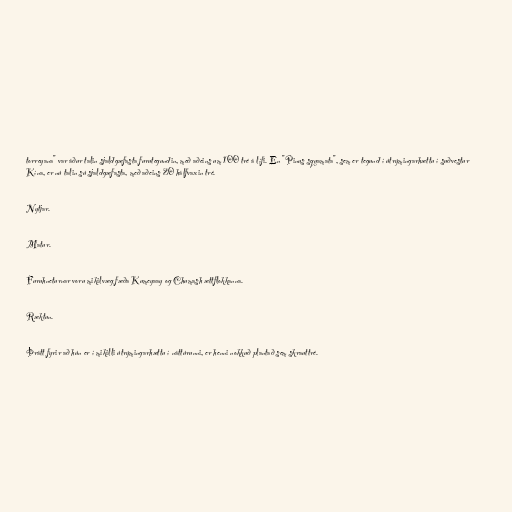
torreyana" var áður talin sjaldgæfasta furutegundin, með aðeins um 100 tré á lífi. En "Pinus squamata", sem er tegund í útrýmingarhættu í suðvestur
Kína, er nú talin sú sjaldgæfasta, með aðeins 20 hálfvaxin tré.

Nytjar.

Matur.

Furuhneturnar voru mikilvæg fæða Kumeyaay og Chumash ættflokkanna.

Ræktun.

Þrátt fyrir að hún er í mikilli útrýmingarhættu í náttúrunni, er henni nokkuð plantað sem skrauttré.